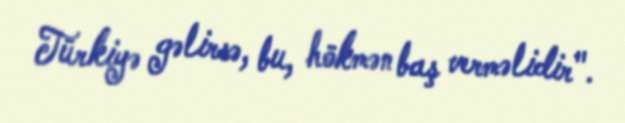
Türkiyə gəlirsə, bu, hökmən baş verməlidir".